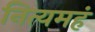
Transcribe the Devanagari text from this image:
नित्यमहं